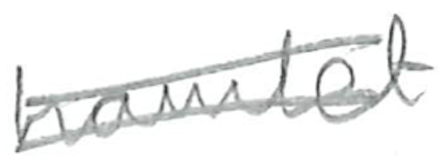
Text: hamlet
Cross-out: double-line
Writing tool: pencil